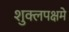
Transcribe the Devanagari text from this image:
शुक्लपक्षमे